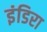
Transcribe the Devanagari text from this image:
इंडिरा